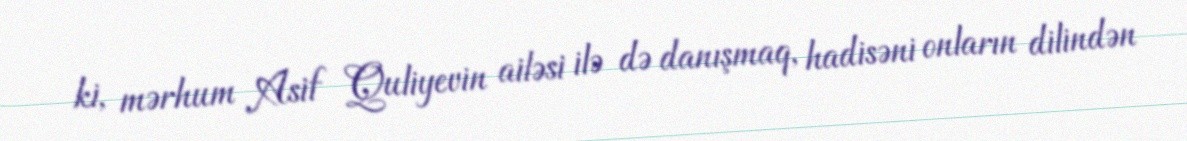
ki, mərhum Asif Quliyevin ailəsi ilə də danışmaq, hadisəni onların dilindən